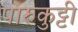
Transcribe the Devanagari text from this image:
पारुकुट्टी